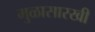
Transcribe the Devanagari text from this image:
मुळासारखी